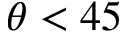
\theta < 4 5